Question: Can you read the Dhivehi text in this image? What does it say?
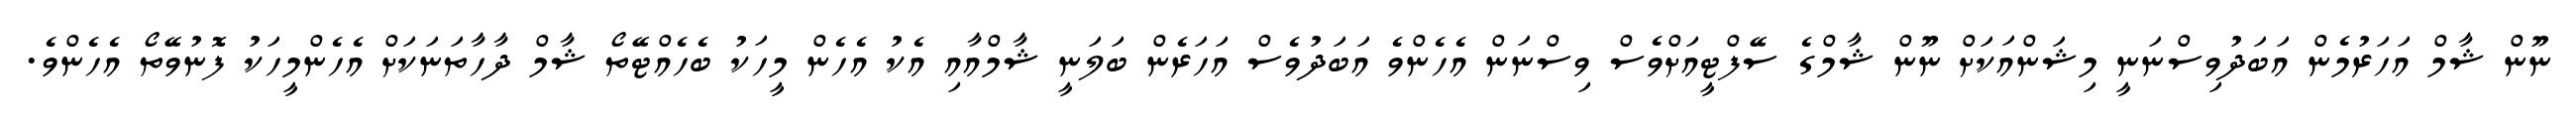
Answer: ނޫން ޝާމް އަހަރުމެން އަބަދުވިސްނަނީ މިޝަންއަކަށް ނޫން ޝާމްގެ ސޭފްޓީއަށްވެސް ވިސްނަން އެހެންވެ އަބަދުވެސް އަހަރެން ބަލަނީ ޝާމްއާއި އެކު އެހެން މީހަކު ބެހެއްޓޭތޯ ޝާމް ދާހާތަނަކަށް އެހެންމީހަކު ފޮނުވޭތޯ އެހެންވެ.